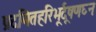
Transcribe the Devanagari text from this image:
प्रदमितहरिभूर्दूषणघ्नः